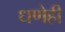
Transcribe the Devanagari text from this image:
धणेही